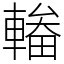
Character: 輽